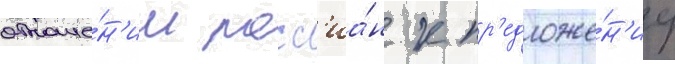
отноше́н'ии росс'иа́н к пр'едложе́н'иу